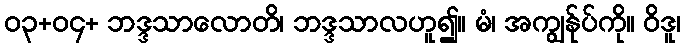
၀၃+၀၄+ ဘဒ္ဒသာလောတိ၊ ဘဒ္ဒသာလဟူ၍။ မံ၊ အကျွန်ုပ်ကို။ ဝိဒူ၊